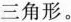
三角形。